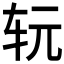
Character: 𰹷